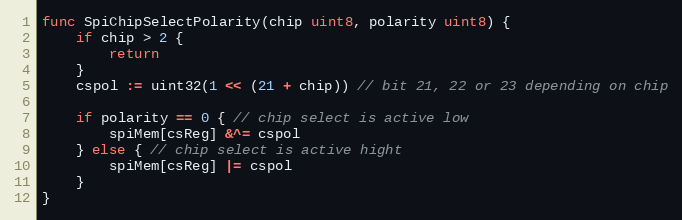
Language: Go
func SpiChipSelectPolarity(chip uint8, polarity uint8) {
	if chip > 2 {
		return
	}
	cspol := uint32(1 << (21 + chip)) // bit 21, 22 or 23 depending on chip

	if polarity == 0 { // chip select is active low
		spiMem[csReg] &^= cspol
	} else { // chip select is active hight
		spiMem[csReg] |= cspol
	}
}